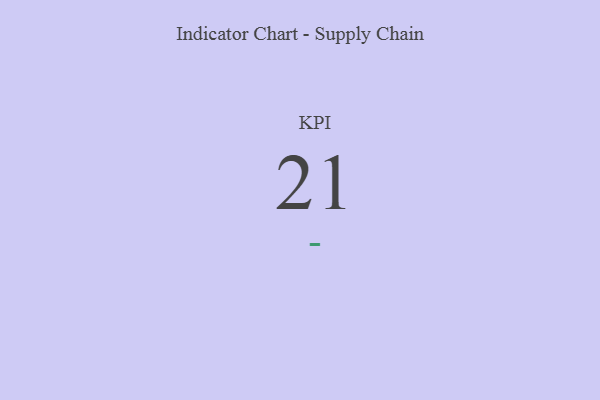
{"axis": {"x": "KPI", "y": "Value"}, "legend": [""], "data": [{"x": "KPI", "y": 21, "type": ""}]}